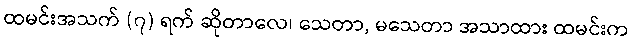
ထမင်းအသက် (၇) ရက် ဆိုတာလေ၊ သေတာ, မသေတာ အသာထား ထမင်းက